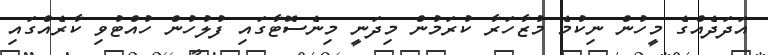
އަދަދެއްގެ މީހުން ނިކުމެ މުޒާހަރާ ކުރަމުން މިދަނީ މިނެސޮޓާގައި ފުލުހުން ހުއްޓުވި ކާރެއްގައި